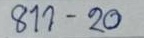
811 - 20